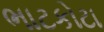
ભાટકોટા